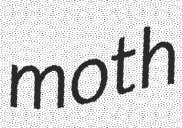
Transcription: moth